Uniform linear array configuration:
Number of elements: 32
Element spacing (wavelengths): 0.75
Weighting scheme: hann
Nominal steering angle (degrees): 0
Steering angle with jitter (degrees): -0.6995
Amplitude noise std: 0.05
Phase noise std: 0.05

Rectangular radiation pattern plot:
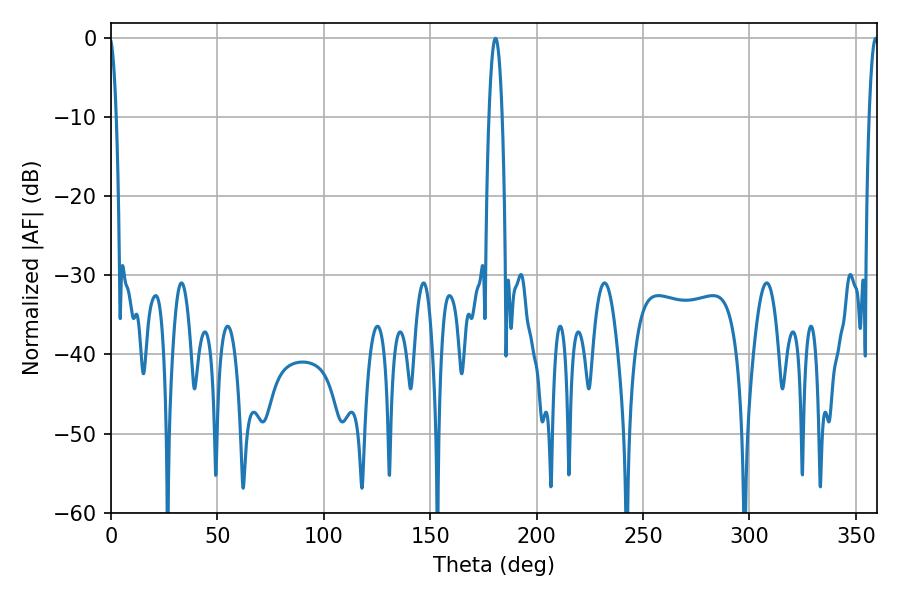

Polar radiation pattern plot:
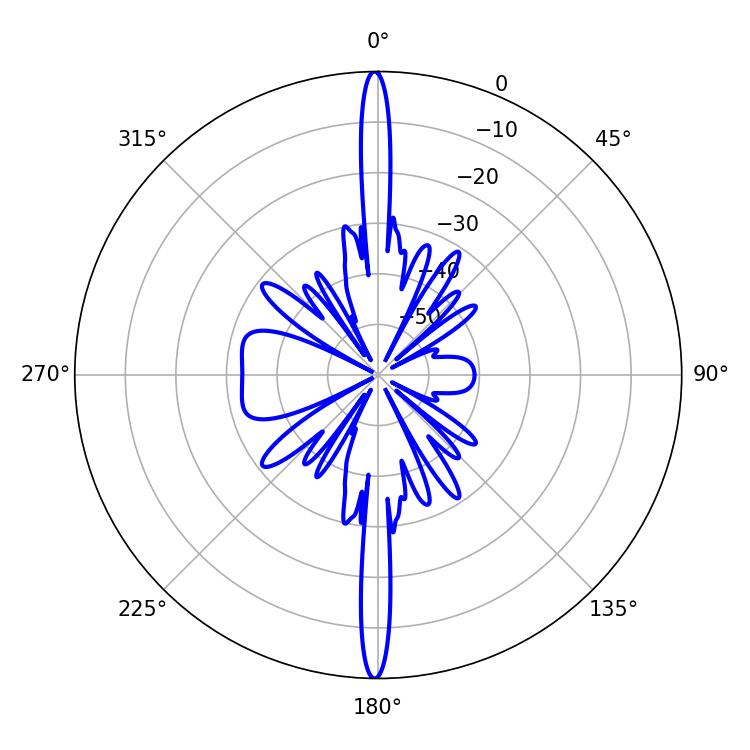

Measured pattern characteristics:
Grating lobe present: TRUE
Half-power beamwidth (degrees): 2.34
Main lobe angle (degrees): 359.28